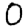
Digit: 0